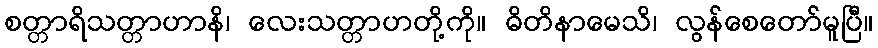
စတ္တာရိသတ္တာဟာနိ၊ လေးသတ္တာဟတို့ကို။ ဓိတိနာမေသိ၊ လွန်စေတော်မူပြီ။